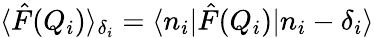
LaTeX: \langle\hat{F}(Q_{i})\rangle_{\delta_{i}}=\langle n_{i}|\hat{F}(Q_{i})|n_{i}-\delta_{i}\rangle